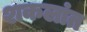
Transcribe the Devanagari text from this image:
शकलांत